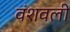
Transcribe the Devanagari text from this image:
वंशवली